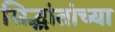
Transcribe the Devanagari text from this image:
सिद्धांतांच्या